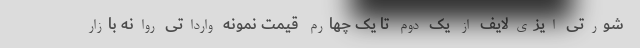
شورتی ایزی‌لایف از یک دوم تا یک چهارم قیمت نمونه وارداتی روانه بازار